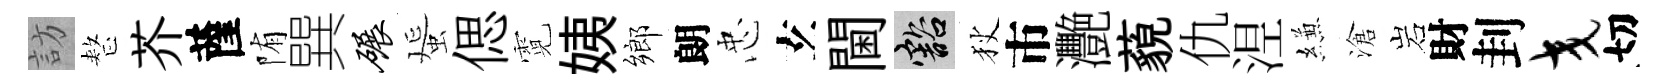
訪整芥薩陏巽碾蜑偲霓姨鄉朗忠𤣥閫豁狄市灧藐仇𣵀縑滄岩財刲交切